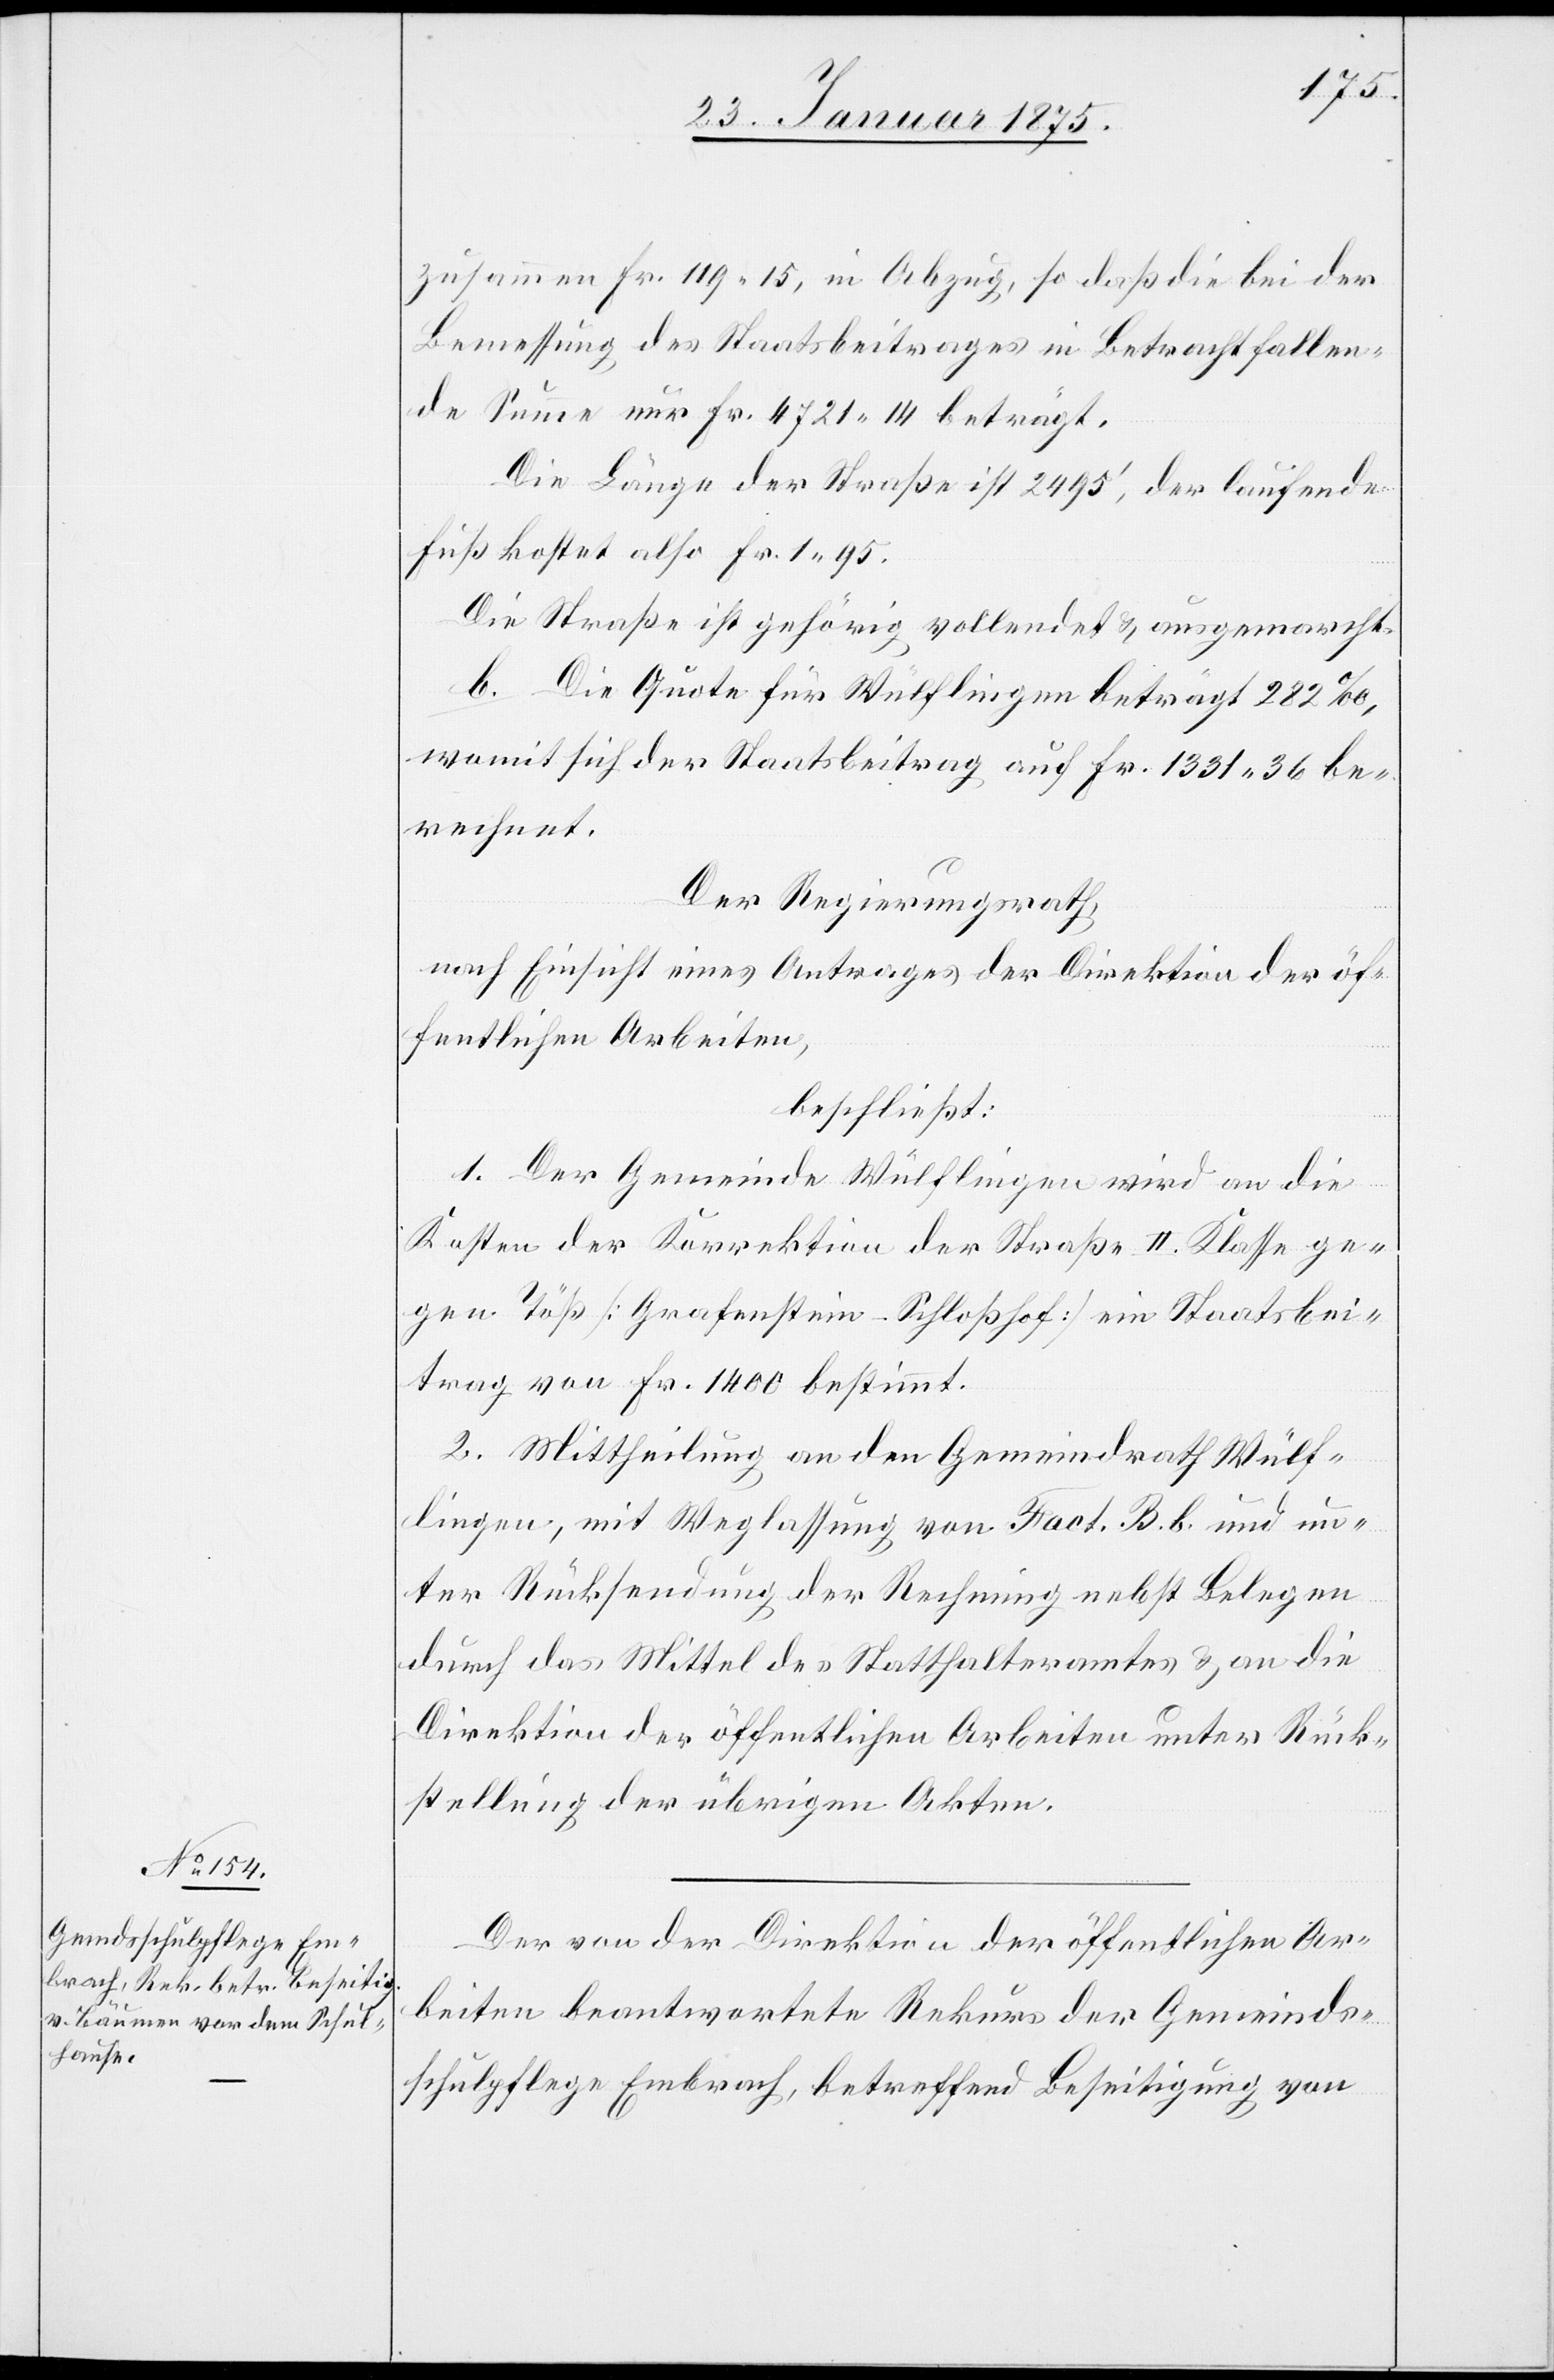
zusammen Fr. 119. 15, in Abzug, so daß die bei der
Bemessung des Staatsbeitrages in Betracht fallen¬
de Summe nur Fr. 4721. 14 beträgt.
Die Länge der Straße ist 2495‘, der laufende
Fuß kostet also Fr. 1. 95.
Die Straße ist gehörig vollendet & ausgemarcht.
b. Die Quote für Wülflingen beträgt 282%,
womit sich der Staatbeitrag auf Fr. 1331. 36 be¬
rechnet.
Der Regierungsrath,
nach Einsicht eines Antrages der Direktion der öf¬
fentlichen Arbeiten,
beschließt:
1. Der Gemeinde Wülflingen wird an die
Kosten der Korrektion der Straße II. Klasse ge¬
gen Töß (Grafenstein–Schloßhof) ein Staatsbei¬
trag von Fr. 1400 bestimmt.
2. Mittheilung an den Gemeindrath Wülf¬
lingen, mit Weglassung von Fact. B. b. und un¬
ter Rücksendung der Rechnung nebst Belegen
durch das Mittel des Statthalteramtes & an die
Direktion der öffentlichen Arbeiten unter Rück¬
stellung der übrigen Akten.
Der von der Direktion der öffentlichen Ar¬
beiten beantwortete Rekurs der Gemeinds¬
schulpflege Embrach, betreffend Beseitigung von